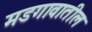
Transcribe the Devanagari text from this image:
मडगावातील